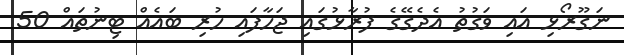
ނަގޫރޯޅި އައި ވަގުތު އެދެގޭގެ ފުރާޅުގައި ޖަހާފައި ހުރި ބައެއް ޓިނުތައް 50